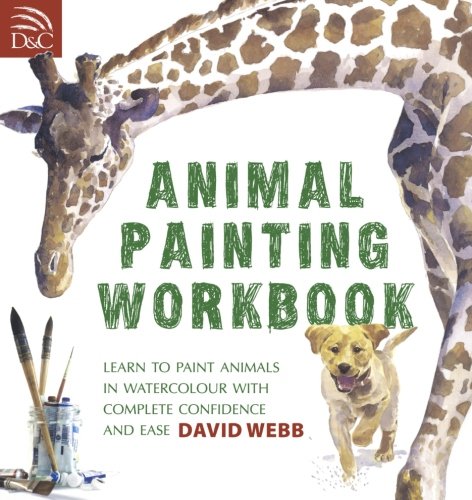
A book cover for Animal Painting Workbook; David Webb; Arts & Photography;